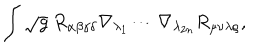
\int \sqrt { g } ~ R _ { \alpha \beta \gamma \delta } \nabla _ { \lambda _ { 1 } } \cdots \nabla _ { \lambda _ { 2 n } } R _ { \mu \nu \lambda \rho } ,